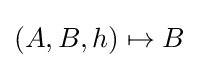
(A,B,h)\mapsto B